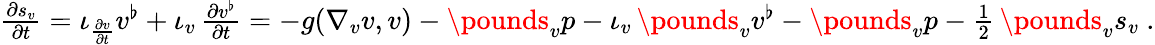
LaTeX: \begin{array}{r}{\frac{\partial s_{v}}{\partial t}=\iota_{\frac{\partial v}{\partial t}}v^{\flat}+\iota_{v}\, \frac{\partial v^{\flat}}{\partial t}=-g(\nabla_{v}v,v)-\pounds_{v}p-\iota_{v}\, \pounds_{v}v^{\flat}-\pounds_{v}p-\frac{1}{2}\, \pounds_{v}s_{v}\ .}\end{array}